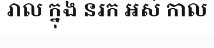
រាល ក្នុង នរក អស់ កាល